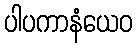
ပါပကာနံယေဝ